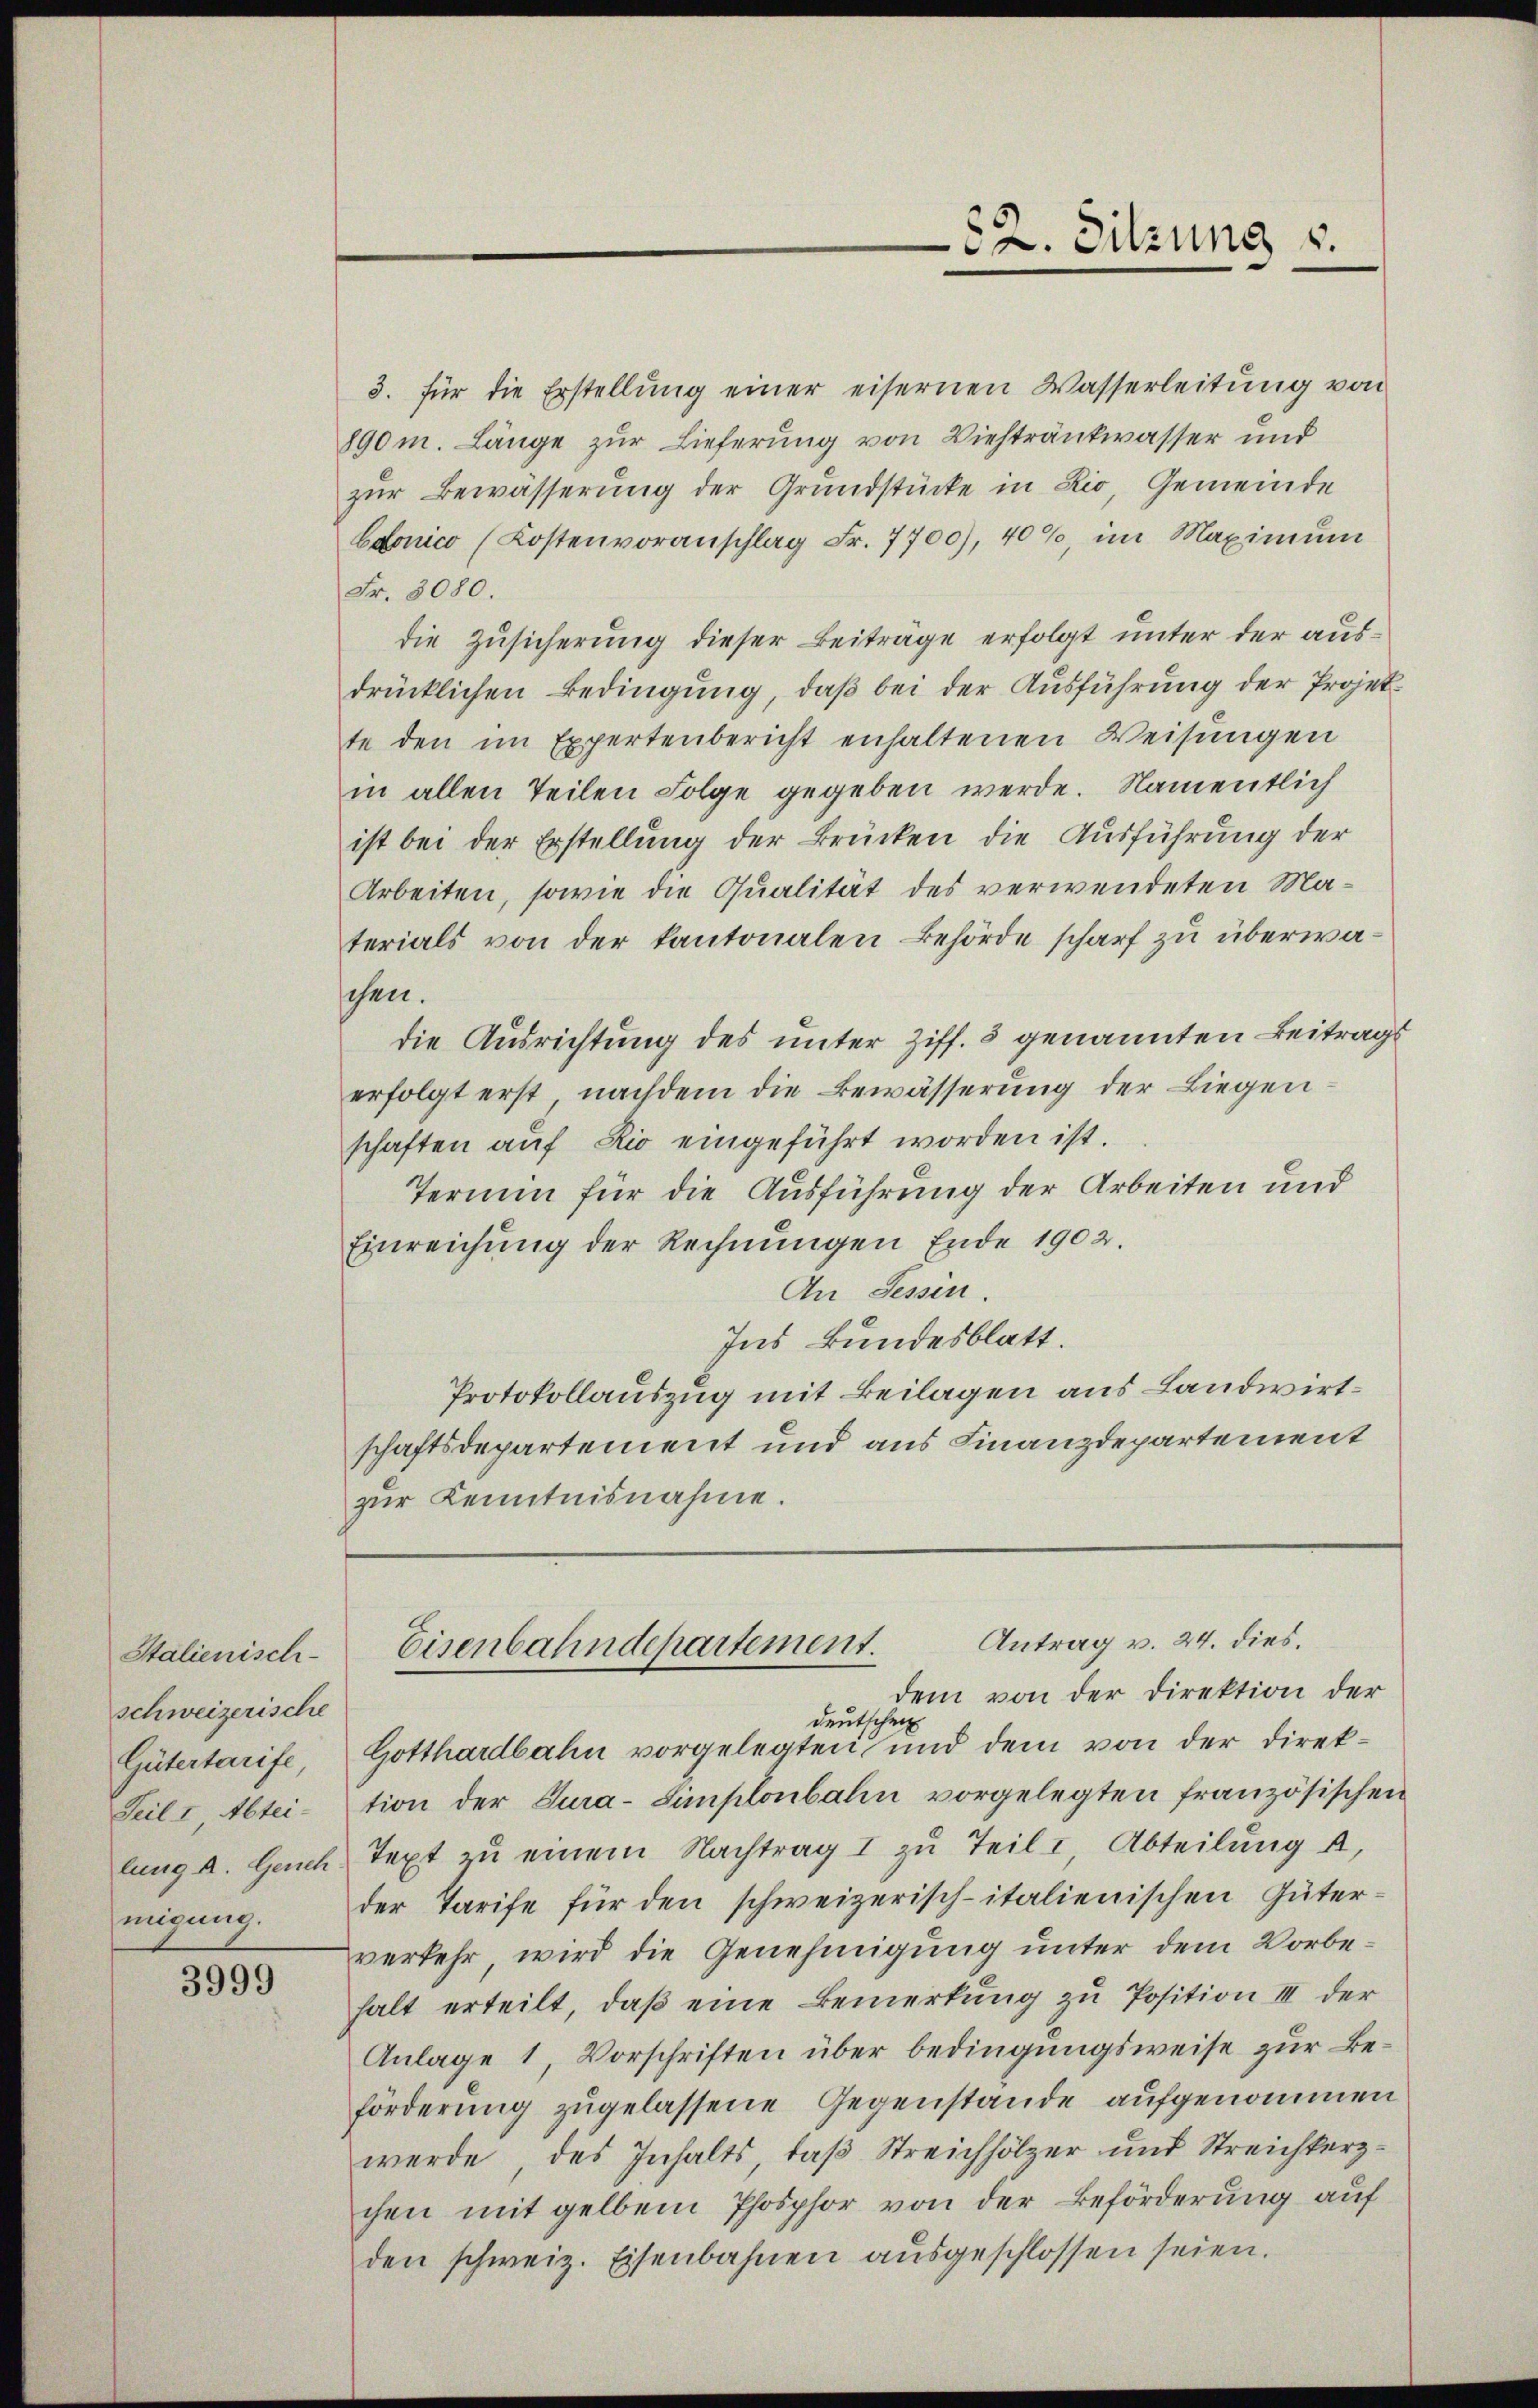
Stalienisch-
schweizerische
Gütertarife,
Teil I Abtei-
migung.

3999

3. für die Erstellŭng einer eisernen Wasserleitung von
890 m. Länge zur Lieferung von Viehtränkwasser und
zŭr Bewässerung der Grundstücke in Rio, Gemeinde
baonico (Kostenvoranschlag Fr. 7700), 40%, im Maximum
Fr. 3080.
die Zusicherung dieser Beiträge erfolgt unter der ausdrücklichen Bedingung, daß bei der Ausführung der Projek-
te den im Expertenbericht enhaltenen Weisungen
in allen Teilen Folge gegeben werde. Namentlich
ist bei der Erstellung der Brücken die Ausführung der
Arbeiten, sowie die Qualität des verwendeten Materials von der kantonalen Behörde scharf zu überwaschen.
die Ausrichtung des unter Ziff. 3 genannten Beitrags
erfolgt erst nachdem die Bewässerung der Liegen
schaften auf Rio eingeführt worden ist.
Termin für die Ausführung der Arbeiten und
Einreichŭng der Rechnŭngen Ende 1902.
An Tessin.
Ins kundesblatt.
Protokollauszug mit Beilagen aus Landwirtschaftsdepartement und aus Finanzdepartement
zur Kenntnisnahme.

52. Sitzung u.

Antrag v. 24. dies.
Eisenbahndepartement.
dem von der Direktion der

deutschein

Gotthardbahn vorgelegten und dem von der Direktion der Cura-Simplonbahn vorgelegten französischen
lung a. Gerech Text zŭ einem Nachtrag I zu Teil & Abteilung a
der Tarife für den schweizerisch-italienischen Güterverkehr, wird die Genehmigung unter dem Vorbehalt erteilt, daß eine Bemerkung zu Position III der
Anlage 1, Vorschriften über bedingungsweise zur Beförderung zugelassene Gegenstände aufgenommen
werde des Inhalts, daß Streichhölzer und Streichkerzchen mit gelben Phosphor von der Beförderung auf
den schweiz. Eisenbahnen ausgeschlossen seien.